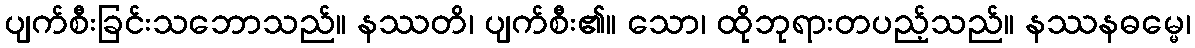
ပျက်စီးခြင်းသဘောသည်။ နဿတိ၊ ပျက်စီး၏။ သော၊ ထိုဘုရားတပည့်သည်။ နဿနဓမ္မေ၊